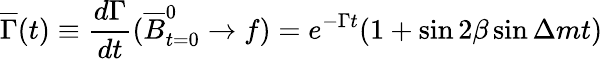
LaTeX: \overline{{{\Gamma}}}(t)\equiv\frac{d\Gamma}{dt}(\overline{{{B}}}_{t=0}^{0}\to f)=e^{-\Gamma t}(1+\sin 2\beta\sin\Delta mt)